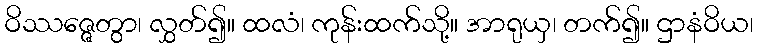
ဝိဿဇ္ဇေတွာ၊ လွှတ်၍။ ထလံ၊ ကုန်းထက်သို့။ အာရုယှ၊ တက်၍။ ဌာနံဝိယ၊